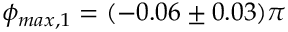
\phi _ { m a x , 1 } = ( - 0 . 0 6 \pm 0 . 0 3 ) \pi